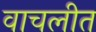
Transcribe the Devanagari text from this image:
वाचलीत